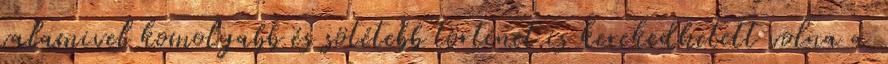
valamivel komolyabb és sötétebb történet is kerekedhetett volna a